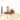
هذا